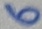
Text: 6